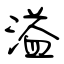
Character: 溢